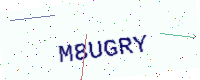
Text: M8UGRY